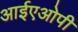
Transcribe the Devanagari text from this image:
आईएओपी